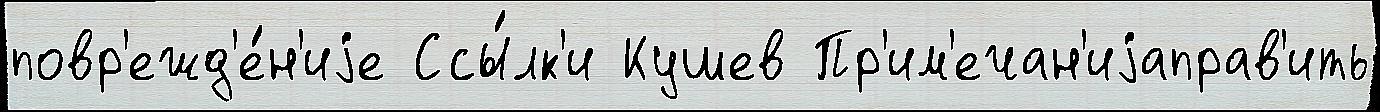
повр'ежд'е́н'иjе Ссы́лк'и Кушев Пр'им'ечан'иjаправ'ить